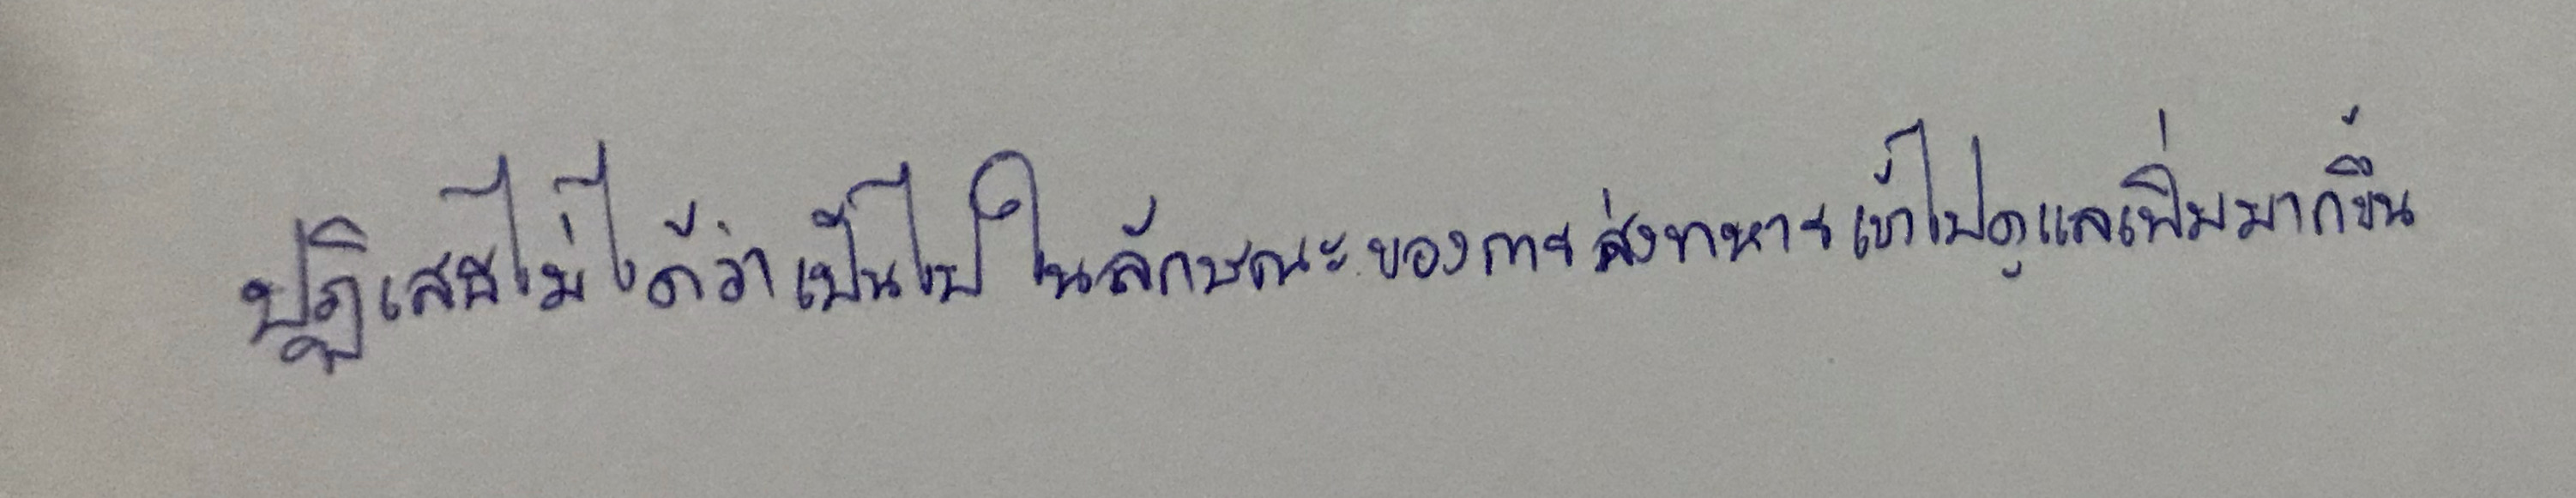
ปฏิเสธไม่ได้ว่าเป็นไปในลักษณะของการส่งทหารเข้าไปดูแลเพิ่มมากขึ้น